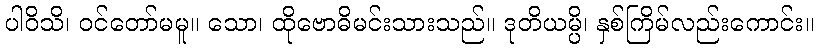
ပါဝိသိ၊ ဝင်တော်မမူ။ သော၊ ထိုဗောဓိမင်းသားသည်။ ဒုတိယမ္ပိ၊ နှစ်ကြိမ်လည်းကောင်း။